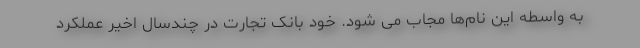
به واسطه این نام‌ها مجاب می شود. خود بانک تجارت در چندسال اخیر عملکرد